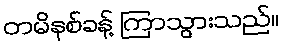
တမိနစ်ခန့် ကြာသွားသည်။